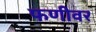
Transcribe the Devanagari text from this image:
फणीवर